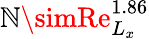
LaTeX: \mathbb{N}\simRe_{L_{x}}^{1.86}